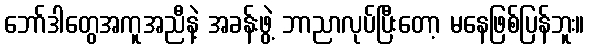
ဘော်ဒါတွေအကူအညီနဲ့ အခန်းဖွဲ့ ဘာညာလုပ်ပြီးတော့ မနေဖြစ်ပြန်ဘူး။